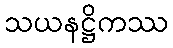
သယနဋ္ဌိကဿ